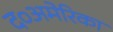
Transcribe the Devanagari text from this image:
द०अमेरिका